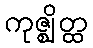
ကုဇ္ဈိတ္ထ